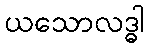
ယသောလဒ္ဓါ